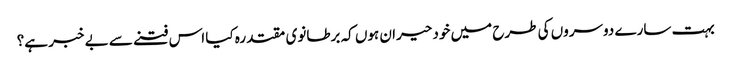
بہت سارے دوسروں کی طرح میں خود حیران ہوں کہ برطانوی مقتدرہ کیا اس فتنے سے بے خبر ہے؟